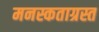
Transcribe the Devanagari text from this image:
मनस्कताग्रस्त